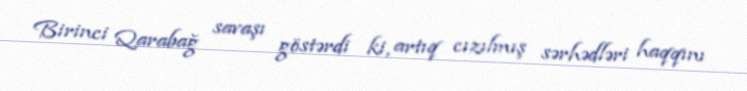
Birinci Qarabağ savaşı göstərdi ki, artıq cızılmış sərhədləri haqqını